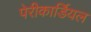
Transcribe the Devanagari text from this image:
पेरीकार्डियल